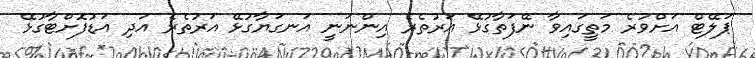
ޕަލޭޓް އަށްވުރެ މަތީގައިވާ ނޭފަތާގުޅޭ އަރުތެރެ އިންނަނީ އަނގަޔާގުޅޭ އަރުތެރެ އަދި އަޑުފޮށްޓާގުޅޭ